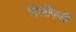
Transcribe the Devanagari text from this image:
दिलीपजी